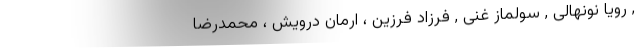
, رویا نونهالی , سولماز غنی , فرزاد فرزین ، ارمان درویش ، محمدرضا